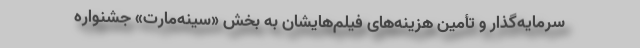
سرمایه‌گذار و تأمین هزینه‌های فیلم‌هایشان به بخش «سینه‌مارت» جشنواره